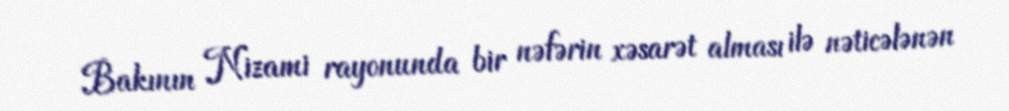
Bakının Nizami rayonunda bir nəfərin xəsarət alması ilə nəticələnən